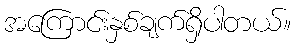
အကြောင်းနှစ်ချက်ရှိပါတယ်။